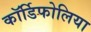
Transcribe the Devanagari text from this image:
कॉर्डिफोलिया